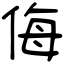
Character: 侮